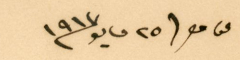
عن مصر ٢٥ مايو ١٩١٧